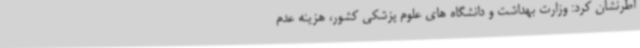
اطرنشان کرد: وزارت بهداشت و دانشگاه های علوم پزشکی کشور، هزینه عدم